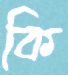
কি